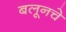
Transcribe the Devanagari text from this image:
बलूनचे